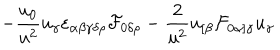
LaTeX: - { \frac { u _ { 0 } } { u ^ { 2 } } } u _ { \gamma } \varepsilon _ { \alpha \beta \gamma \delta \rho } { \cal F } _ { 0 \delta \rho } - { \frac { 2 } { u ^ { 2 } } } u _ { [ \beta } { \cal F } _ { 0 \alpha ] \gamma } u _ { \gamma }